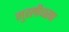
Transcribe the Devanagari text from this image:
मुरलीधरण